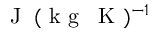
\textrm { J } \: ( \textrm { k g } \: \textrm { K } ) ^ { - 1 }